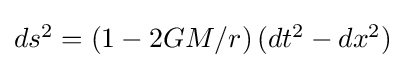
\textstyle ds^{2}=\left(1-{2GM}/{r}\right)(dt^{2}-dx^{2})